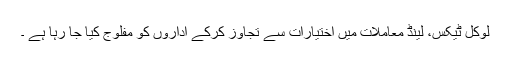
لوکل ٹیکس، لینڈ معاملات میں اختیارات سے تجاوز کرکے اداروں کو مفلوج کیا جا رہا ہے ۔